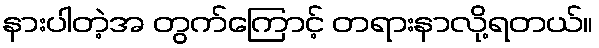
နားပါတဲ့အ တွက်ကြောင့် တရားနာလို့ရတယ်။